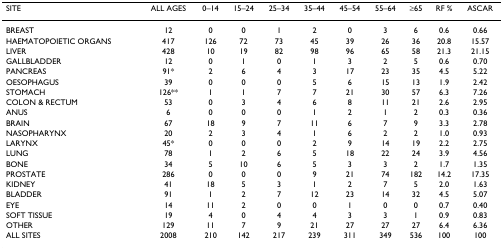
<table><thead><tr><td><b>SITE</b></td><td><b>ALL AGES</b></td><td><b>0–14</b></td><td><b>15–24</b></td><td><b>25–34</b></td><td><b>35–44</b></td><td><b>45–54</b></td><td><b>55–64</b></td><td><b>≥65</b></td><td><b>RF %</b></td><td><b>ASCAR</b></td></tr></thead><tbody><tr><td>BREAST</td><td>12</td><td>0</td><td>0</td><td>1</td><td>2</td><td>0</td><td>3</td><td>6</td><td>0.6</td><td>0.66</td></tr><tr><td>HAEMATOPOIETIC ORGANS</td><td>417</td><td>126</td><td>72</td><td>73</td><td>45</td><td>39</td><td>26</td><td>36</td><td>20.8</td><td>15.57</td></tr><tr><td>LIVER</td><td>428</td><td>10</td><td>19</td><td>82</td><td>98</td><td>96</td><td>65</td><td>58</td><td>21.3</td><td>21.15</td></tr><tr><td>GALLBLADDER</td><td>12</td><td>0</td><td>1</td><td>0</td><td>1</td><td>3</td><td>2</td><td>5</td><td>0.6</td><td>0.70</td></tr><tr><td>PANCREAS</td><td>91*</td><td>2</td><td>6</td><td>4</td><td>3</td><td>17</td><td>23</td><td>35</td><td>4.5</td><td>5.22</td></tr><tr><td>OESOPHAGUS</td><td>39</td><td>0</td><td>0</td><td>0</td><td>5</td><td>6</td><td>15</td><td>13</td><td>1.9</td><td>2.42</td></tr><tr><td>STOMACH</td><td>126**</td><td>1</td><td>1</td><td>7</td><td>7</td><td>21</td><td>30</td><td>57</td><td>6.3</td><td>7.26</td></tr><tr><td>COLON &amp; RECTUM</td><td>53</td><td>0</td><td>3</td><td>4</td><td>6</td><td>8</td><td>11</td><td>21</td><td>2.6</td><td>2.95</td></tr><tr><td>ANUS</td><td>6</td><td>0</td><td>0</td><td>0</td><td>1</td><td>2</td><td>1</td><td>2</td><td>0.3</td><td>0.36</td></tr><tr><td>BRAIN</td><td>67</td><td>18</td><td>9</td><td>7</td><td>11</td><td>6</td><td>7</td><td>9</td><td>3.3</td><td>2.78</td></tr><tr><td>NASOPHARYNX</td><td>20</td><td>2</td><td>3</td><td>4</td><td>1</td><td>6</td><td>2</td><td>2</td><td>1.0</td><td>0.93</td></tr><tr><td>LARYNX</td><td>45*</td><td>0</td><td>0</td><td>0</td><td>2</td><td>9</td><td>14</td><td>19</td><td>2.2</td><td>2.75</td></tr><tr><td>LUNG</td><td>78</td><td>1</td><td>2</td><td>6</td><td>5</td><td>18</td><td>22</td><td>24</td><td>3.9</td><td>4.56</td></tr><tr><td>BONE</td><td>34</td><td>5</td><td>10</td><td>6</td><td>5</td><td>3</td><td>3</td><td>2</td><td>1.7</td><td>1.35</td></tr><tr><td>PROSTATE</td><td>286</td><td>0</td><td>0</td><td>0</td><td>9</td><td>21</td><td>74</td><td>182</td><td>14.2</td><td>17.35</td></tr><tr><td>KIDNEY</td><td>41</td><td>18</td><td>5</td><td>3</td><td>1</td><td>2</td><td>7</td><td>5</td><td>2.0</td><td>1.63</td></tr><tr><td>BLADDER</td><td>91</td><td>1</td><td>2</td><td>7</td><td>12</td><td>23</td><td>14</td><td>32</td><td>4.5</td><td>5.07</td></tr><tr><td>EYE</td><td>14</td><td>11</td><td>2</td><td>0</td><td>0</td><td>1</td><td>0</td><td>0</td><td>0.7</td><td>0.40</td></tr><tr><td>SOFT TISSUE</td><td>19</td><td>4</td><td>0</td><td>4</td><td>4</td><td>3</td><td>3</td><td>1</td><td>0.9</td><td>0.83</td></tr><tr><td>OTHER</td><td>129</td><td>11</td><td>7</td><td>9</td><td>21</td><td>27</td><td>27</td><td>27</td><td>6.4</td><td>6.36</td></tr><tr><td>ALL SITES</td><td>2008</td><td>210</td><td>142</td><td>217</td><td>239</td><td>311</td><td>349</td><td>536</td><td>100</td><td>100</td></tr></tbody></table>